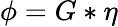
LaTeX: \phi=G*\eta